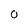
Character: 0